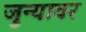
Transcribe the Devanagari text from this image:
जुन्यावर